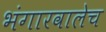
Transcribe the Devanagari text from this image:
भंगारवालेच